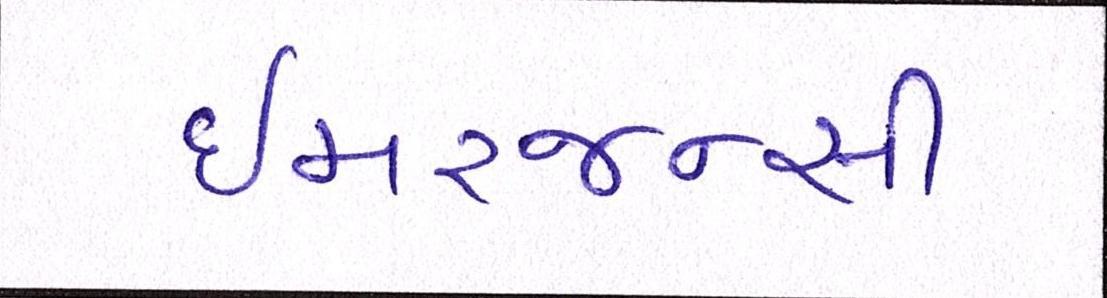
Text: ઇમરજન્સી